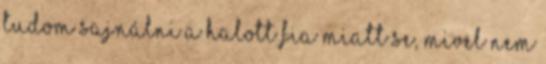
tudom sajnálni a halott fia miatt se, mivel nem